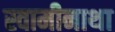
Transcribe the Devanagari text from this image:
स्वामीनाथा